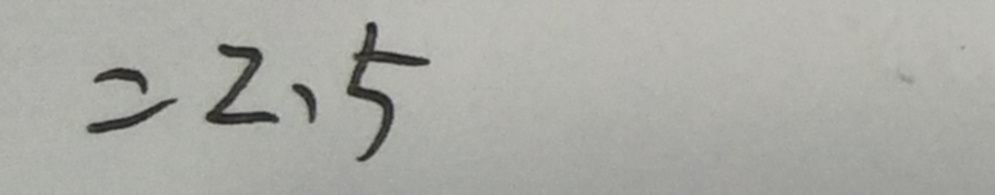
= 2 . 5